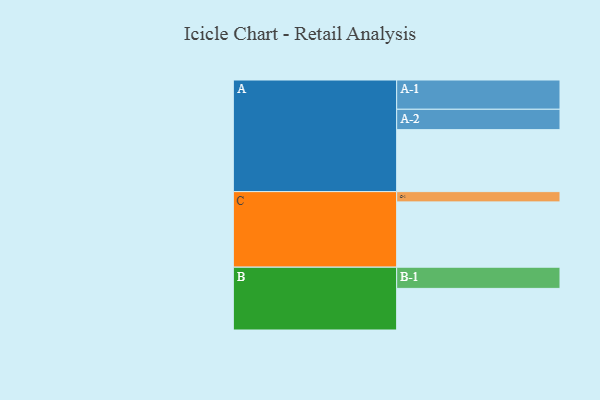
{"axis": {"x": "Segment", "y": "Value"}, "legend": ["", "A", "B", "C"], "data": [{"x": "A", "y": 447, "type": ""}, {"x": "B", "y": 300, "type": ""}, {"x": "C", "y": 471, "type": ""}, {"x": "A-1", "y": 211, "type": "A"}, {"x": "A-2", "y": 147, "type": "A"}, {"x": "B-1", "y": 153, "type": "B"}, {"x": "C-1", "y": 74, "type": "C"}]}